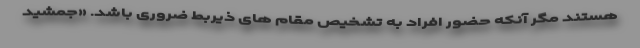
هستند مگر آنکه حضور افراد به تشخیص مقام های ذیربط ضروری باشد. «جمشید